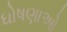
ઘોષણાઓ